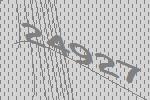
24927